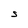
Character: S